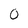
Character: 0